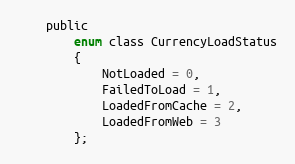
Language: C
    public
        enum class CurrencyLoadStatus
        {
            NotLoaded = 0,
            FailedToLoad = 1,
            LoadedFromCache = 2,
            LoadedFromWeb = 3
        };